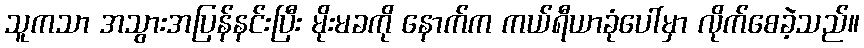
သူကသာ အသွားအပြန်နင်းပြီး မိုးမခကို နောက်က ကယ်ရီယာခုံပေါ်မှာ လိုက်စေခဲ့သည်။